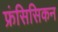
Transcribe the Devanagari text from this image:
फ्रंसिसिकन